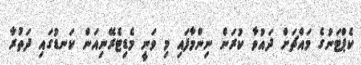
ކެޕްޓަނުގެ މައްޗަށް ދައުވާ ކުރަން ނިންމާފައި މި ވަނީ މެޑިޓެރޭނިއަން ކަނޑުގައި ދަތުރާ